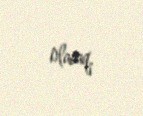
olacaq.